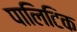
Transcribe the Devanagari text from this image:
पालिटिक